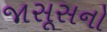
જાસૂસનો